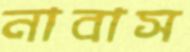
নাবাস